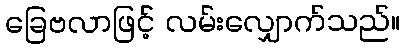
ခြေဗလာဖြင့် လမ်းလျှောက်သည်။